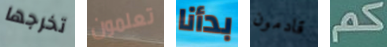
تخرجها تعلمون بدأنا قادمون كم